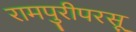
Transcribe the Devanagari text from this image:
रामपुरीपरसू